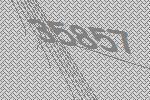
35857